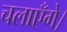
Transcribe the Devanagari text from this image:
चलाएँगे।